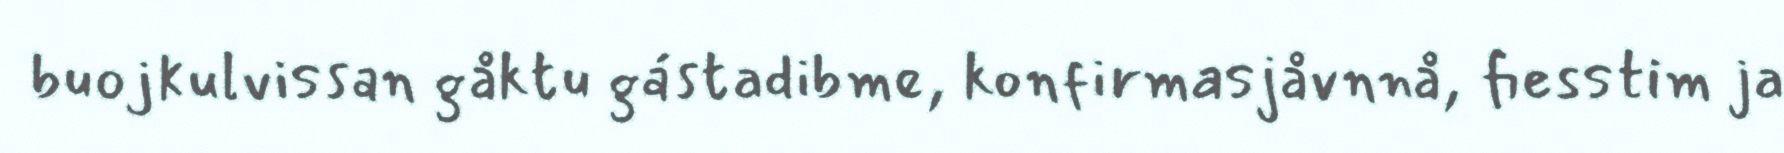
buojkulvissan gåktu gástadibme, konfirmasjåvnnå, fiesstim ja